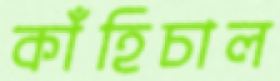
কাঁহিচাল